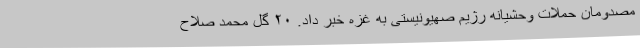
مصدومان حملات وحشیانه رژیم صهیونیستی به غزه خبر داد. ۲۰ گل محمد صلاح